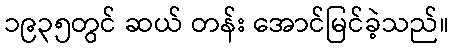
၁၉၃၅တွင် ဆယ် တန်း အောင်မြင်ခဲ့သည်။